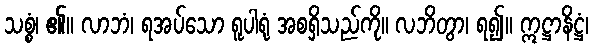
သစ္စံ၊ ၏။ လာဘံ၊ ရအပ်သော ရူပါရုံ အစရှိသည်ကို။ လဘိတွာ၊ ရ၍။ ဣဋ္ဌာနိဋ္ဌံ၊